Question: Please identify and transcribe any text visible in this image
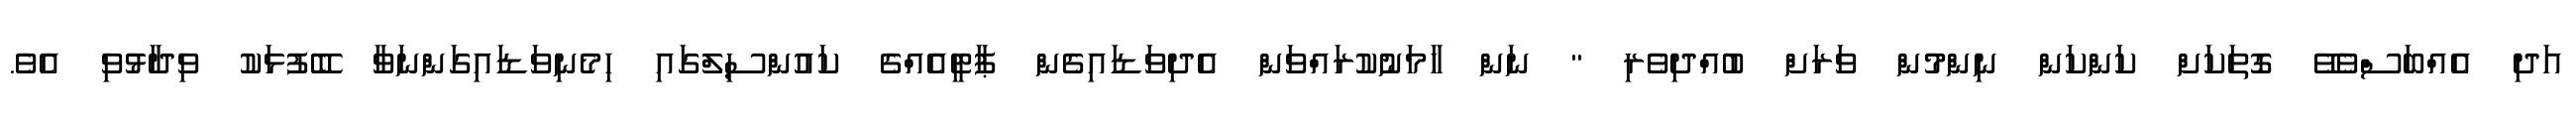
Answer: އަދި އެއްބަސްވެވޭ ގޮތަކަށް ކަންކަން ނިންމުން ވަރަށް ބުއްދިވެރި " ނަން ހާމަނުކުރައްވަން އެދިވަޑައިގެން ޕާޓީއެއްގެ ކައުންސިލްގައި ހިމެނިވަޑައިގަންނަވާ ބޭފުޅަކު ވިދާޅުވި އެވެ.